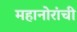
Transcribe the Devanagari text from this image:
महानोरांची